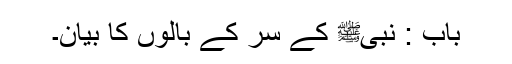
باب : نبیﷺ کے سر کے بالوں کا بیان۔